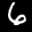
Label: 6